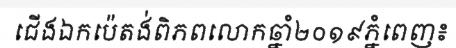
ជើងឯកប៉េតង់ពិភពលោកឆ្នាំ២០១៩ភ្នំពេញ៖